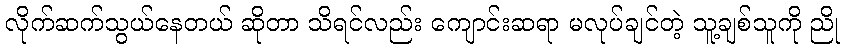
လိုက်ဆက်သွယ်နေတယ် ဆိုတာ သိရင်လည်း ကျောင်းဆရာ မလုပ်ချင်တဲ့ သူ့ချစ်သူကို ညို